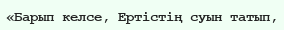
«Барып келсе, Ертістің суын татып,